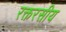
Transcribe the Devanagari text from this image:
रक्तरसीय